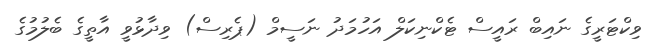
ވިކްޓަރީގެ ނައިބް ރައީސް ޓެކްނިކަލް އަހުމަދު ނަސީމް (ޕެރިސް) ވިދާޅުވީ އާތީގެ ބެލުމުގެ